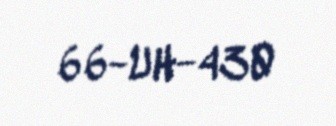
66-UH-430